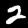
Label: 2